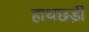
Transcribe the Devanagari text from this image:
हाथछड़ी